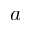
a